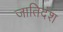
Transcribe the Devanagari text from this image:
जातिदंश